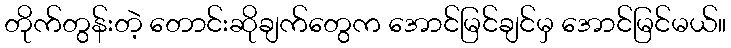
တိုက်တွန်းတဲ့ တောင်းဆိုချက်တွေက အောင်မြင်ချင်မှ အောင်မြင်မယ်။